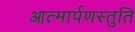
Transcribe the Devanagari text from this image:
आत्मार्पणस्तुति